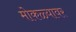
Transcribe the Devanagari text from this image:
मोकळ्यावर